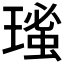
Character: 𤨚